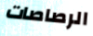
الرصاصات